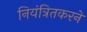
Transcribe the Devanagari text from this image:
नियंत्रितकरने